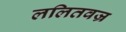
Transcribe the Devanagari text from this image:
ललितवज्र